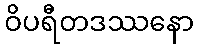
ဝိပရီတဒဿနော